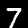
Label: 7